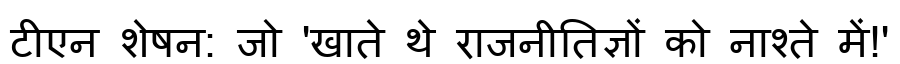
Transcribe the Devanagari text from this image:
टीएन शेषन: जो 'खाते थे राजनीतिज्ञों को नाश्ते में!'